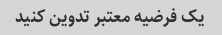
یک فرضیه معتبر تدوین کنید